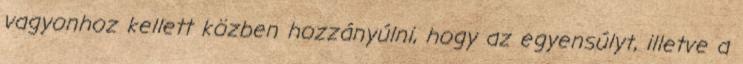
vagyonhoz kellett közben hozzányúlni, hogy az egyensúlyt, illetve a